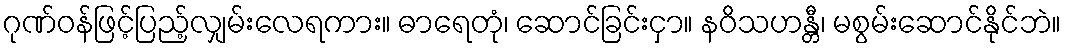
ဂုဏ်ဝန်ဖြင့်ပြည့်လျှမ်းလေရကား။ ဓာရေတုံ၊ ဆောင်ခြင်းငှာ။ နဝိသဟန္တီ၊ မစွမ်းဆောင်နိုင်ဘဲ။